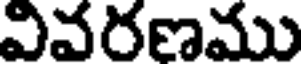
వివరణము